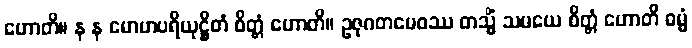
ဟောတိ။ န န မောဟပရိယုဋ္ဌိတံ စိတ္တံ ဟောတိ။ ဥဇုဂတမေဝဿ တသ္မိံ သမယေ စိတ္တံ ဟောတိ ဓမ္မံ